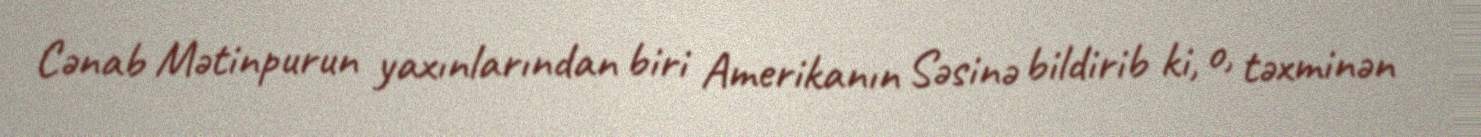
Cənab Mətinpurun yaxınlarından biri Amerikanın Səsinə bildirib ki, o, təxminən